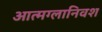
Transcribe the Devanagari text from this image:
आत्मग्लानिवश